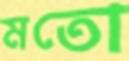
মতো